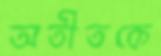
অতীতকে